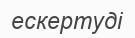
ескертуді